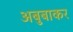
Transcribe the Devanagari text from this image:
अबुबाकर